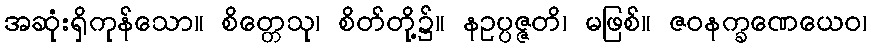
အဆုံးရှိကုန်သော။ စိတ္တေသု၊ စိတ်တို့၌။ နဥပ္ပဇ္ဇတိ၊ မဖြစ်။ ဇဝနက္ခဏေယေဝ၊